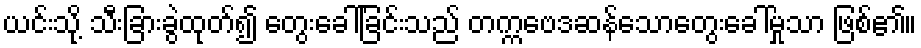
ယင်းသို့ သီးခြားခွဲထုတ်၍ တွေးခေါ်ခြင်းသည် တက္ကဗေဒဆန်သောတွေးခေါ်မှုသာ ဖြစ်၏။